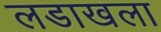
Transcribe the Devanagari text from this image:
लडाखला